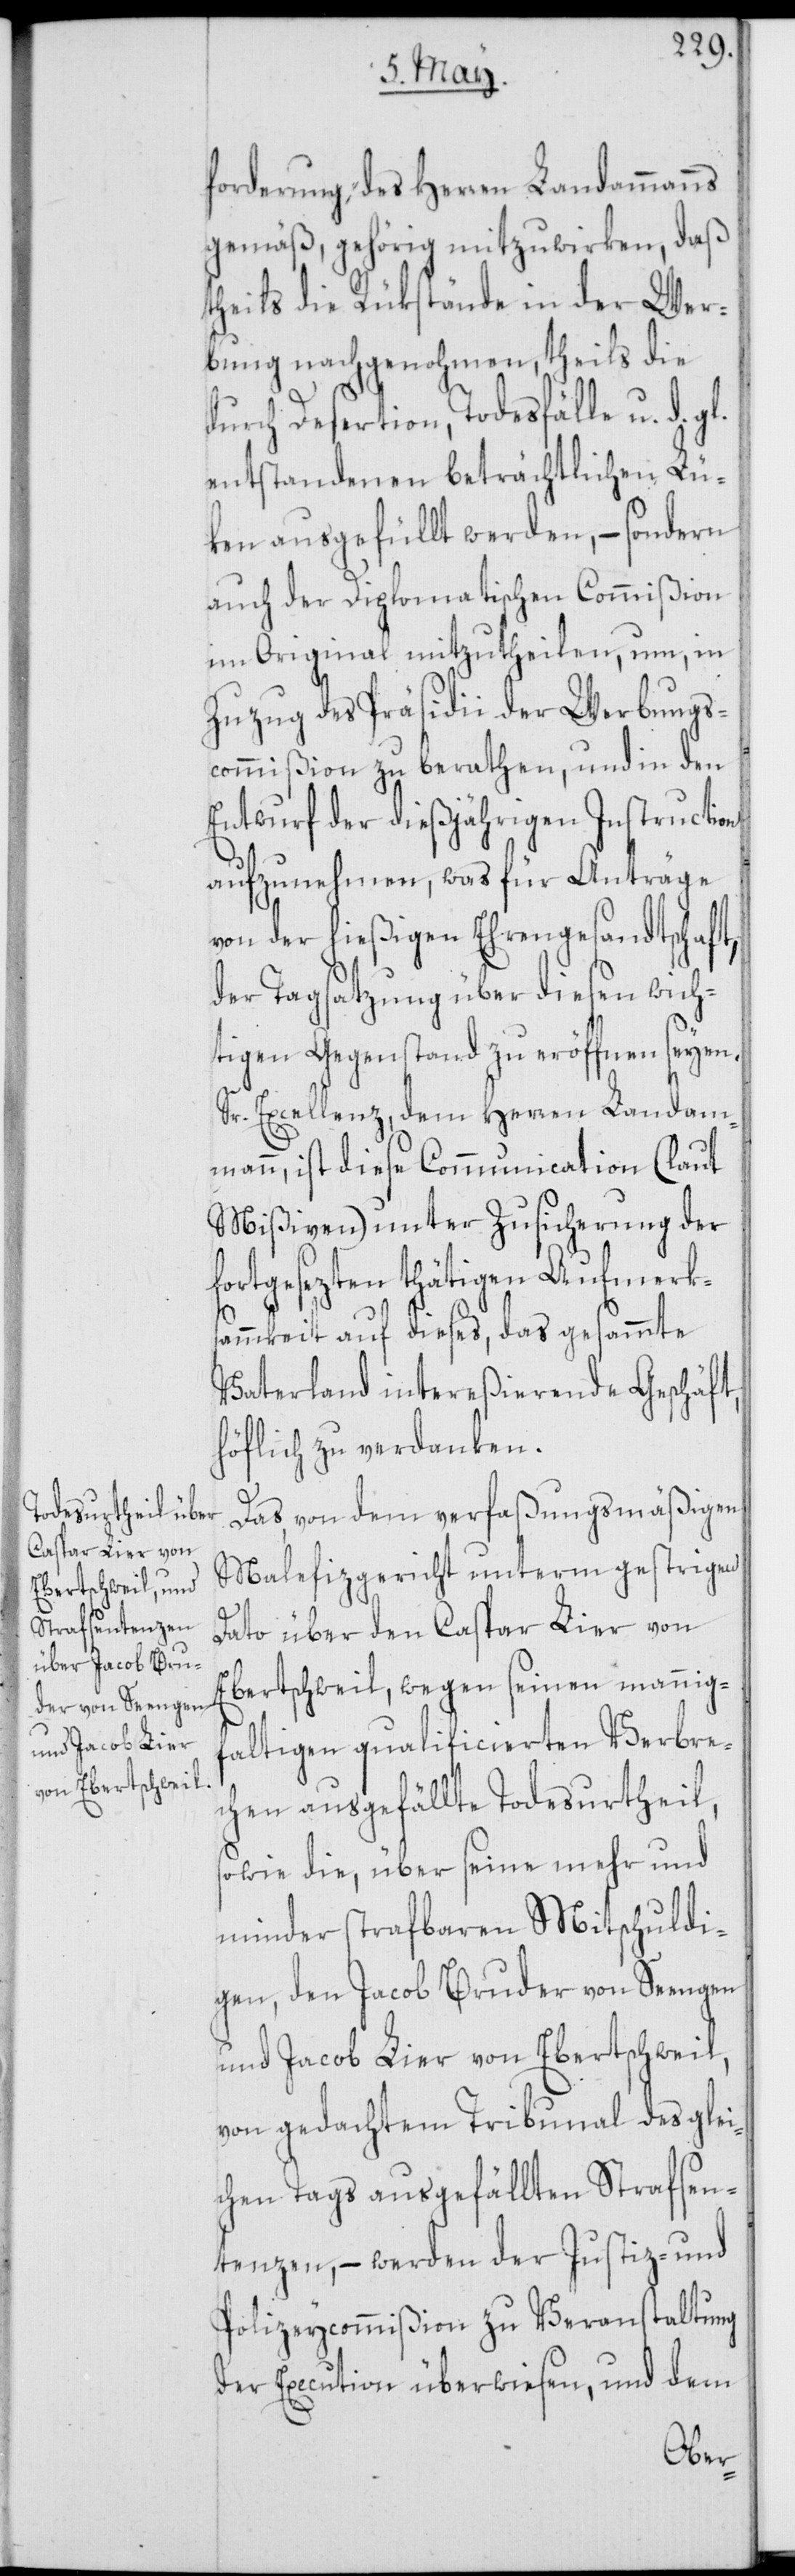
forderung, des Herren Landammanns
gemäß, gehörig mitzuwirken, daß
theils die Rükstände in der Wer¬
bung nachgenohmen, theils die
durch Desertion, Todesfälle u. d.
entstandenen beträchtlichen Lü¬
ken ausgefüllt werden, – sondern
auch der Diplomatischen Commißion
im Original mitzutheilen, um, in
Zuzug des Präsidii der Werbungs¬
commißion zu berathen, und in den
Entwurf der dießjährigen Instruction
aufzunehmen, was für Anträge
von der hießigen Ehrengesandtschaft,
der Tagsatzung über diesen wich¬
tigen Gegenstand zu eröffnen seyen.
Sr. Excellenz, dem Herren Landam¬
mann, ist diese Communication (laut
Mißiven) unter Zusicherung der
fortgesezten thätigen Aufmerks¬
ammkeit auf dieses, das gesammte
Vaterland intereßierende Geschäft,
höflich zu verdanken.
Das, von dem verfaßungsmäßigen
Malefizgericht unterm gestrigen
Dato über den Caspar Lier von
Ebertschweil, wegen seinen mannig¬
faltigen qualificierten Verbre¬
chen ausgefällte Todesurtheil,
sowie die, über seine mehr und
minder strafbaren Mitschuldi¬
gen, den Jacob Bruder von Seengen
und Jacob Lier von Ebertschweil,
von gedachtem Tribunal des glei¬
chen Tags ausgefällten Strafsen¬
tenzen, – werden der Justiz- und
Polizeycommißion zu Veranstaltung
der Execution überwiesen, und dem